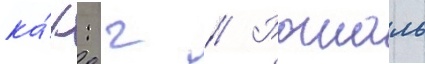
ка́к: г // Рошаль